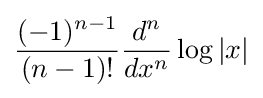
{\frac {(-1)^{n-1}}{(n-1)!}}{\frac {d^{n}}{dx^{n}}}\log |x|